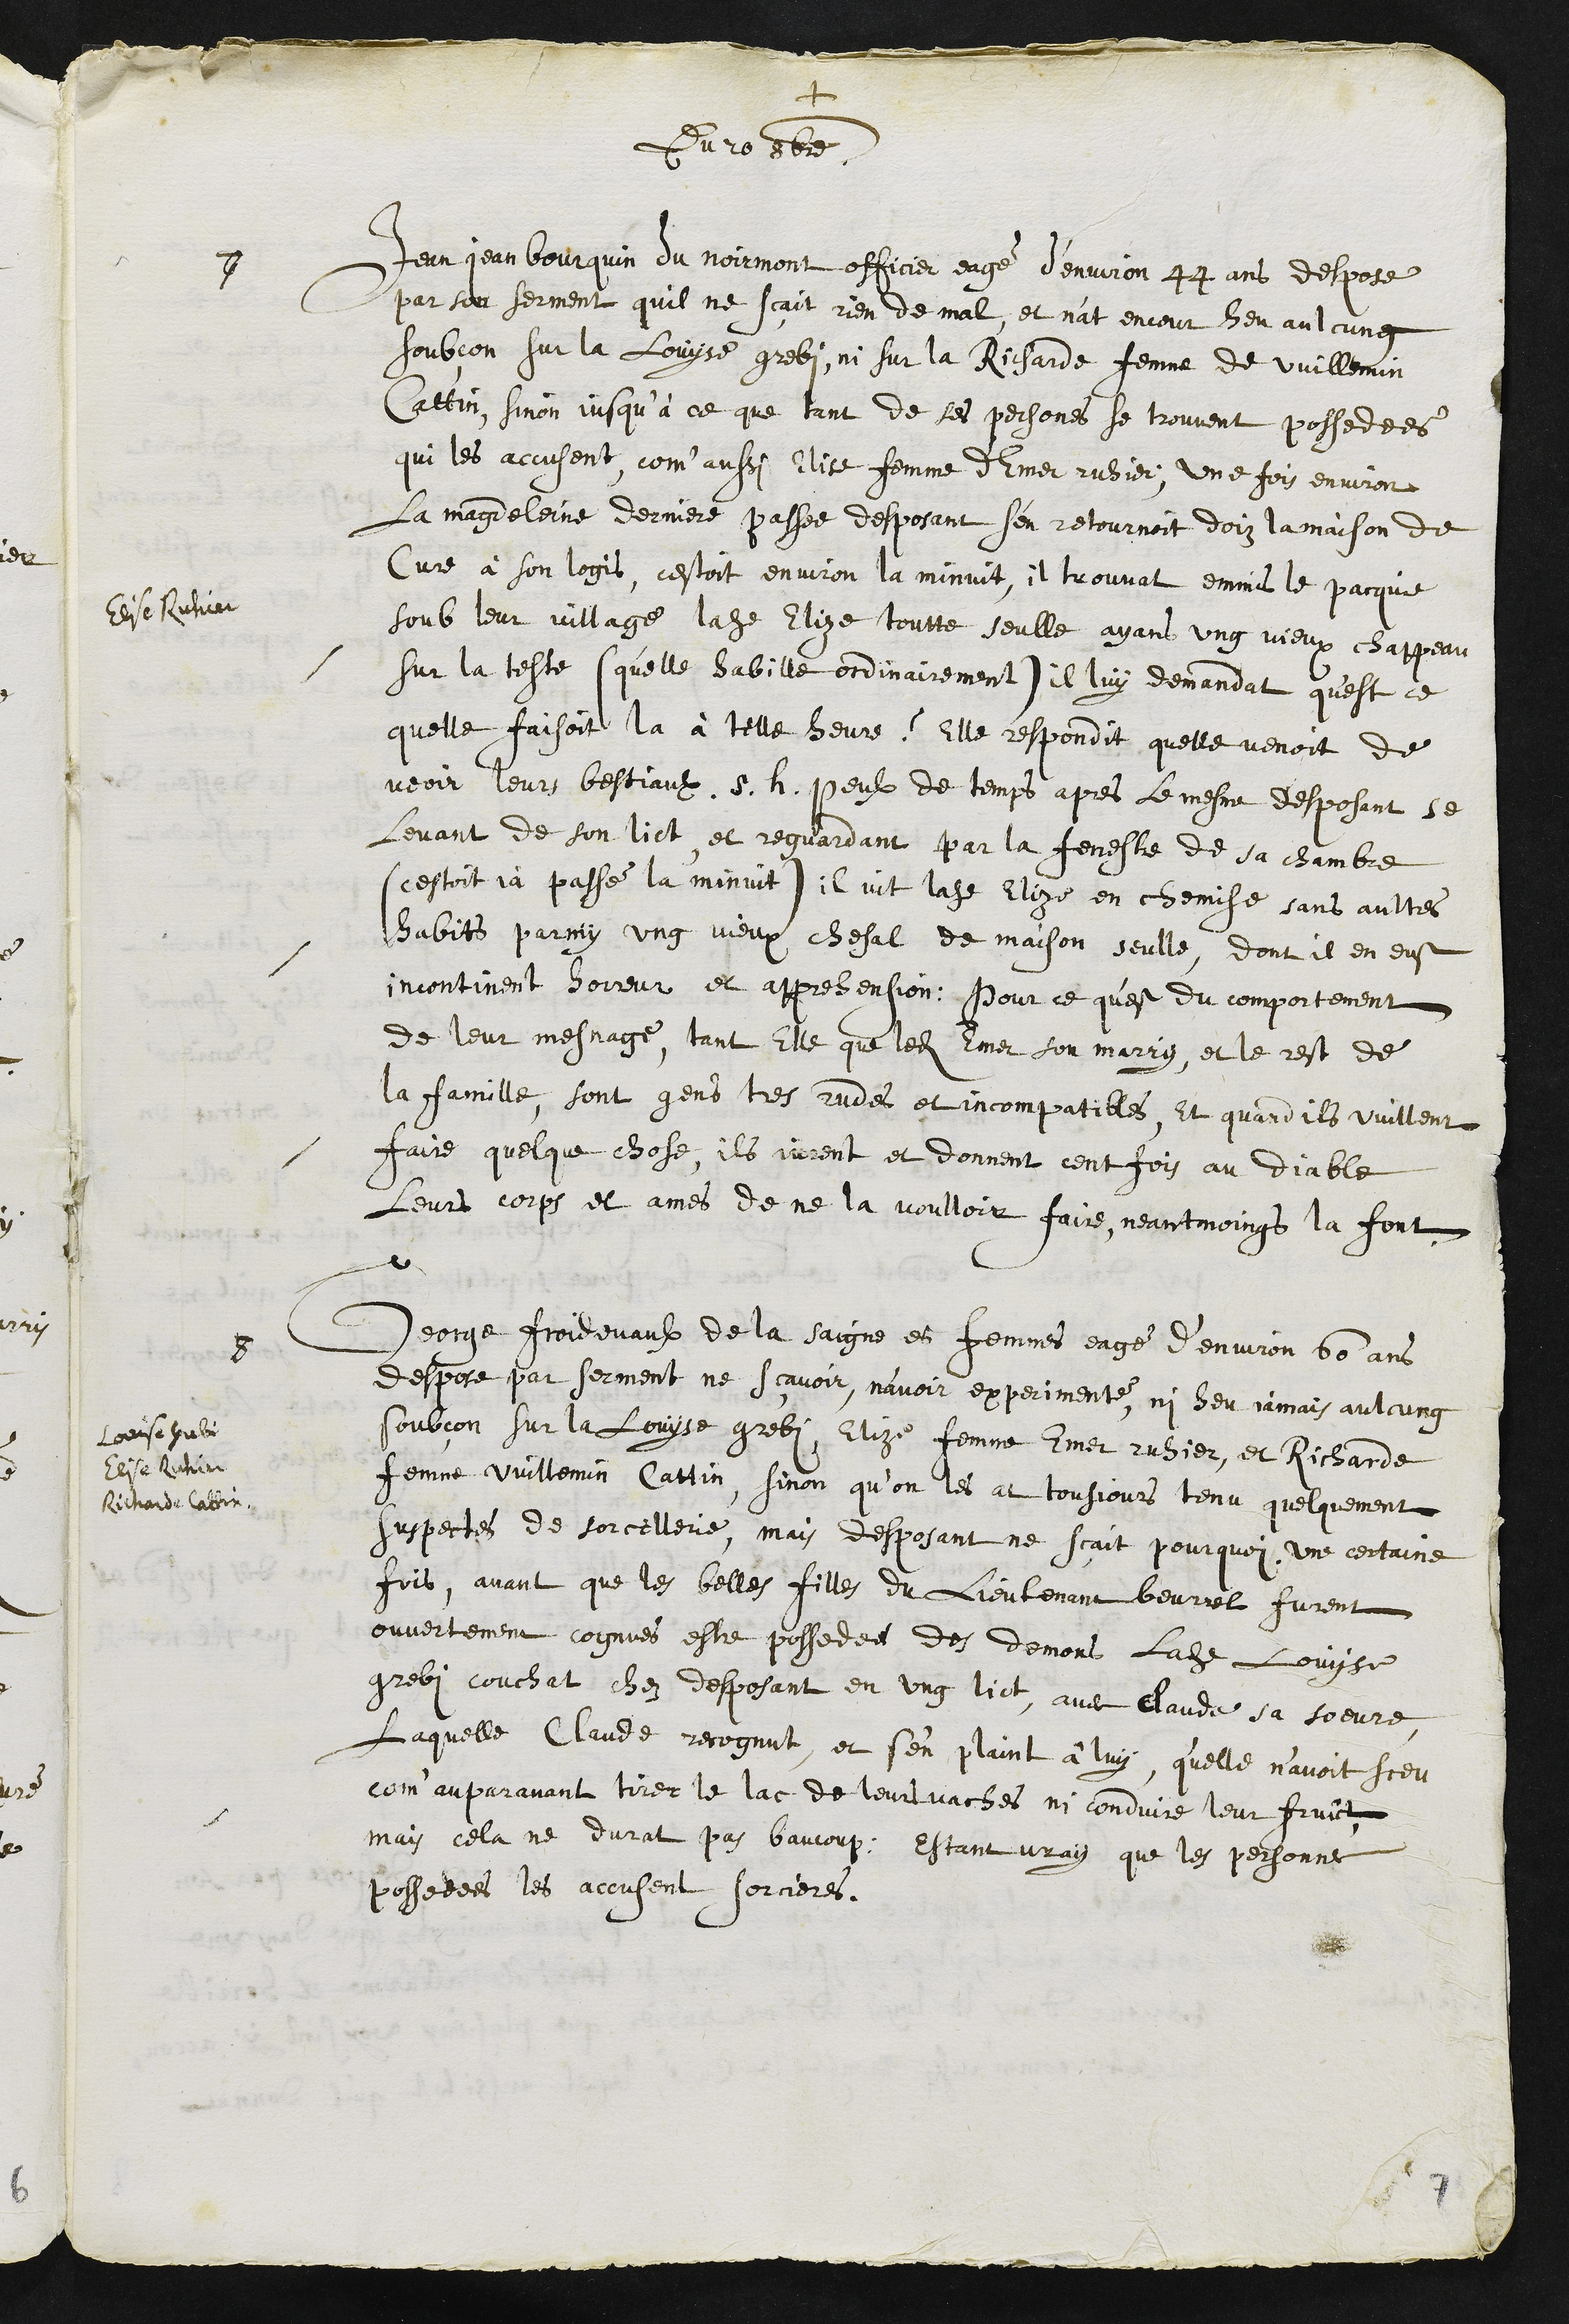
+
Du 20 8bre
7
Jean Jean Bourquin du Noirmont officier eagé d’environ 44 ans despose
par son serment quil ne sçait rien de mal, et nat encour heu aulcung
soubçon sur la Louyse grebi, ni sur la Richarde femme de Vuillemin
Cattin, sinon jusqu’à ce que tant de ses persones se trouvent possedees
qui les accusent, com'aussi Elise femme d'Emer ruhier, une fois environ
la Magdeleine derniere passee desposant s'en retournoit doiz la maison de
Cure à son logis, cestoit environ la minuit, il trouvat emmis le pacquie
Elise Ruhier
soub leur village ladite Elize toutte seulle ayans ung vieux chappeau
sur la teste (qu'elle habille ordinairement) il luy demandat qu'est ce
quelle faisoit la à telle heure ? Elle respondit quelle venoit de
veoir leurs bestiaulx s.h. peulx de temps apres le mesme desposant se
levant de son lict et reguardant par la feneste de sa chambre
(cestoit ja passé la minuit) il vit ladite Elize en chemise sans aultres
habits parmy ung vieux chesal de maison seulle, dont il en eust
incontinent horreur et apprehension, pour ce qu'est du comportement
de leur mesnage, tant Elle que ledit Emer son marry, et le rest de
la famille, sont gens tres rudes et incompatibles, Et quand ils vuillent
faire quelque chose, ils jurent et donnent cent fois au Diable
leurs corps et ames de ne la voulloir faire, neantmoings la font
8
Louise Grebi
Elise Ruhier
Richarde Cattin
George Froidevaulx de la Saigne es femmes eagé d’environ 60 ans
despose par serment ne scavoir, n'avoir experimenté, ni heu jamais aulcung
soubçon sur la Louyse grebi, Elize femme Emer ruhier, et Richarde
femme Vuillemin Cattin, sinon qu’on les at tousjours tenu quelquement
suspectes de sorcellere, mais desposant ne scait pourquoi. Une certaine
fois, avant que les belles filles du lieutenant beurrel furent
ouvertement cognues estre possedees des demons ladite Louyse
grebi couchat chez desposant en ung lict, avec Claude sa soeure
Laquelle Claude recognut, et s'en plaint à luy, qu'elle n’avoit sceu
com’auparavant tirer le lac de leurs vaches, ny conduire leur fruict
mais cela ne durat pas baucoup, Estant vray que les personnes
possedees les accusent sorcieres,
7